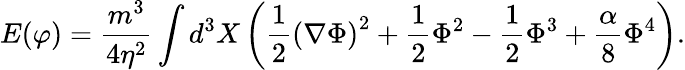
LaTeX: E(\varphi)=\frac{m^{3}}{4\eta^{2}}\int d^{3}X\left({\frac{1}{2}}\left(\nabla\Phi\right)^{2}+{\frac{1}{2}}\Phi^{2}-{\frac{1}{2}}\Phi^{3}+{\frac{\alpha}{8}}\Phi^{4}\right).